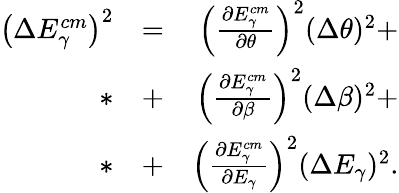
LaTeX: \begin{array}{rlr}{\left(\Delta E_{\gamma}^{cm}\right)^{2}}&{=}&{\left(\frac{\partial E_{\gamma}^{cm}}{\partial\theta}\right)^{2}(\Delta\theta)^{2}+}\\ {*}&{+}&{\left(\frac{\partial E_{\gamma}^{cm}}{\partial\beta}\right)^{2}(\Delta\beta)^{2}+}\\ {*}&{+}&{\left(\frac{\partial E_{\gamma}^{cm}}{\partial E_{\gamma}}\right)^{2}(\Delta E_{\gamma})^{2}.}\end{array}